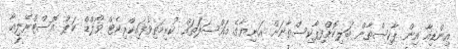
އިންޑިއާ އިން ޕާކިސްތާން ބަލިކޮށްފިޕާކިސްތާނަށް އަނިޔާގެ މައްސަލަތައް ކުރިމަތިވެފައިކްރިކެޓް ވޯލްޑް ކަޕް އޮސްޓްރޭލިއާ